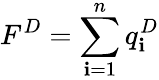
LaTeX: F^{D}=\sum_{\mathbf{i}=1}^{n}q_{\mathbf{i}}^{D}